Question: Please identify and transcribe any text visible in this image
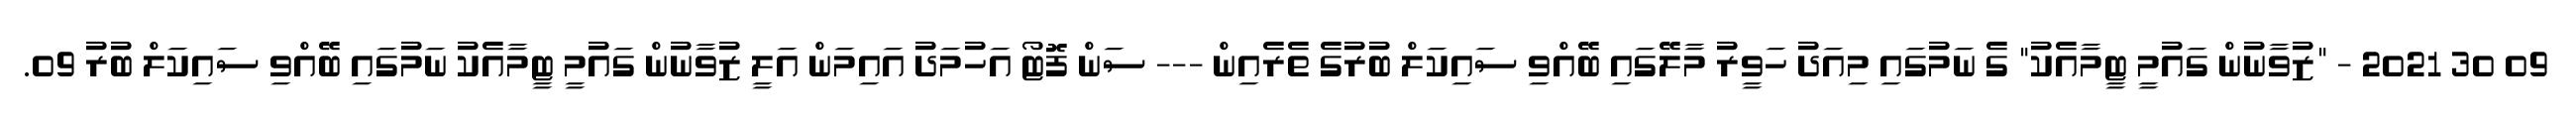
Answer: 09 30 2021 - "ޒުވާނުން ގައުމީ ޓީމާއެކު" ގެ ނަމުގައި މިއަދު ހަވީރު މާލޭގައި ބޭއްވި ސައިކަލް ބުރުގެ ތެރެއިން --- ސަން ފޮޓޯ އަހުމަދު އައިމަން އަލީ ޒުވާނުން ގައުމީ ޓީމާއެކު ނަމުގައި ބޭއްވި ސައިކަލް ބުރު 09.